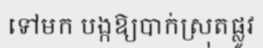
ទៅមក បង្កឱ្យបាក់ស្រុតផ្លូវ